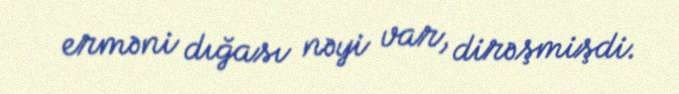
erməni dığası nəyi var, dirəşmişdi.